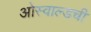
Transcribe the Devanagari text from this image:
ओस्वाल्डची